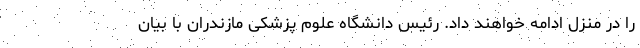
را در منزل ادامه خواهند داد. رئیس دانشگاه علوم پزشکی مازندران با بیان